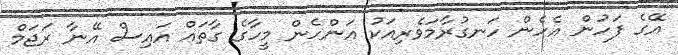
އޭގެ ފަހުން އެހެން ހަނގުރާމަވެރިއަކު އަންހެން މީހާގެ ގާތައް އައިސް އޭނާ ރަޖަމް